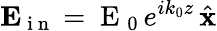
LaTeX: \mathbf{E}_{\mathrm{~i~n~}}=\mathrm{~E~}_{0}\, e^{ik_{0}z}\, \hat{\mathbf{x}}